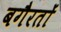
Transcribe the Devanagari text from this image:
बगैरतों